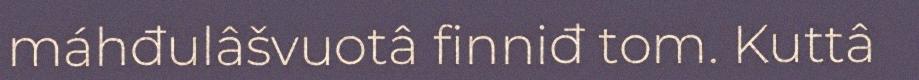
máhđulâšvuotâ finniđ tom. Kuttâ